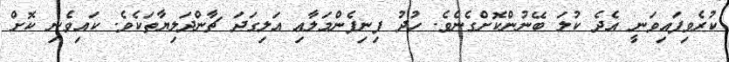
ކުރެވިފައިވަނީ އެދެ ކުލަ ބޭނުންކޮށްގެނެވެ. ހުދު ފިނިފެންމަލާއި އަލިގަދަ ޗާންދަލިޔާތަކެވެ. ކައިވެނި ކޮށް